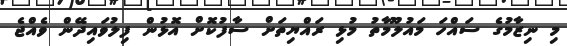
މި ނިޒާމުގެ ސައްހަ މައުލޫމާތު މުޅި ރައްޔިތަށް ސާފުކޮށް އޮޅުން ފިލުވައިދޭން ވެއްޖެ